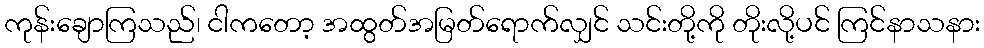
ကုန်းချောကြသည်၊ ငါကတော့ အထွတ်အမြတ်ရောက်လျှင် သင်းတို့ကို တိုးလို့ပင် ကြင်နာသနား